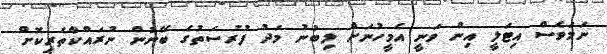
ނަމަވެސް އިޓަލީ އިން ވަނީ އެމީހުނަށް ލިބުނު މަދު ފުރުސަތުގެ ބޭނުން ނުރައްކާތެރިކޮށް